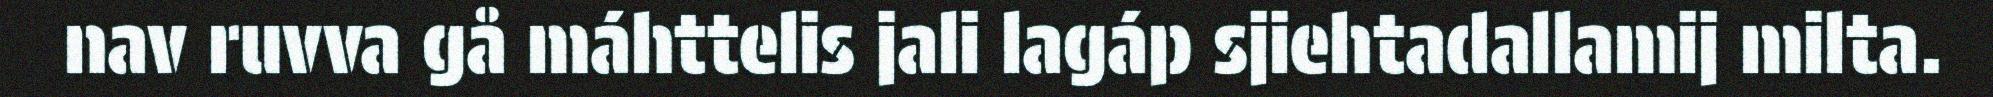
nav ruvva gå máhttelis jali lagáp sjiehtadallamij milta.